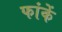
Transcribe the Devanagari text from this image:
फांकें